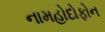
નામહોદોફોન